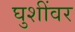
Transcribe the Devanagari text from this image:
घुशींवर